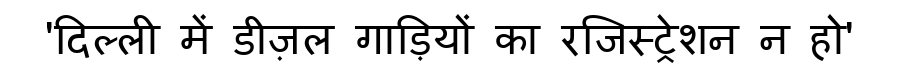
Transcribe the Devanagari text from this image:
'दिल्ली में डीज़ल गाड़ियों का रजिस्ट्रेशन न हो'